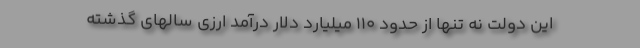
این دولت نه تنها از حدود ۱۱۰ میلیارد دلار درآمد ارزی سالهای گذشته